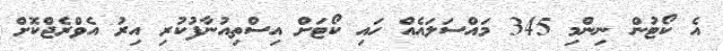
އެ ކޯޓުން ނިންމި 345 މައްސަލައެއް ހައި ކޯޓަށް އިސްތިއުނާފުކުރި އިރު އެވްރެޖްކޮށް